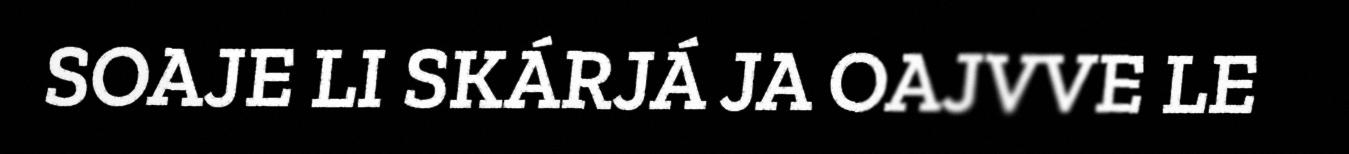
SOAJE LI SKÁRJÁ JA OAJVVE LE